Report on vaccination in Madras 1904-1921 - 1904-1921
Year: 1904
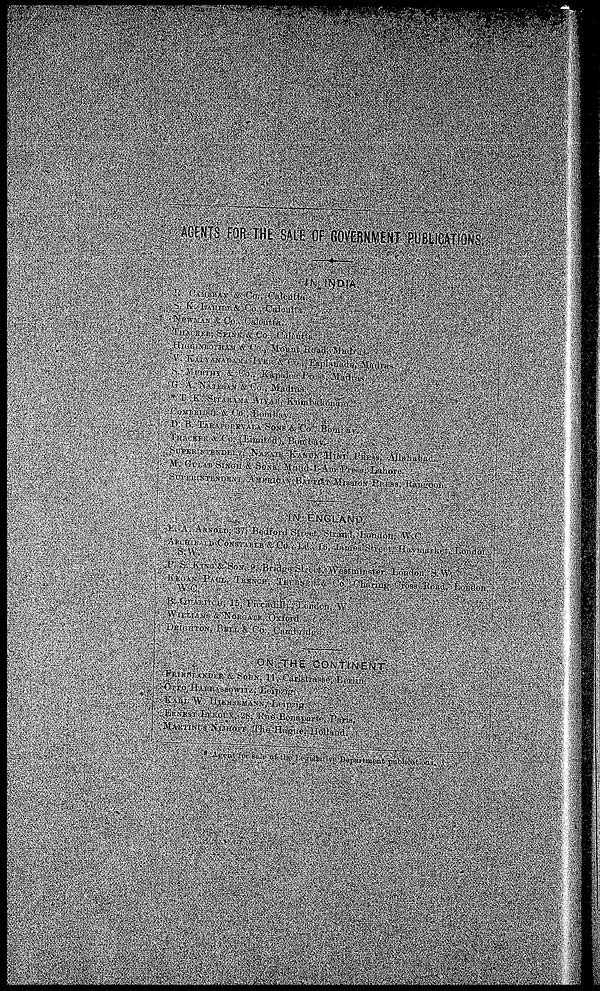
AGENTS FOR THE SALE OF GOVERNMENT PUBLICATIONS.
IN INDIA.
R. CAMBRAY & Co., Calcutta.
S. K. LAHIRI & Co., Calcutta.
NEWMAN & Co., Calcutta.
THACKER, SPINK & Co., Calcutta.
HIGGINBOTHAM & Co., Mount Road, Madras.
V. KALYANARAMA IYER & Co., Esplanade, Madras.
S. MURTHY & Co., Kapalce Press, Madras.
G. A. NATESAN & Co., Madras.
* T. K. SITARAMA AIYAR, Kumbakonam.
COMBRIDGE & Co., Bombay.
D. B. TARAPOREVALA SONS & Co., Bombay.
THACKER & Co. (Limited), Bombay.
SUPERINTENDENT, NAZAIR KANUN HIND PRESS, Allahabad.
M. GULAB SINGH & SONS, Mufid-I-Am Press, Lahore.
SUPERINTENDENT, AMERICAN BAPTIST MISSION PRESS, Rangoon.
IN ENGLAND.
E. A. ARNOLD, 37, Bedford Street, Strand, London, W.C.
ARCHIBALD CONSTABLE & Co., Ld. 16, James Street, Haymarket, London.
S.W.
P. S. KING & SON, 9, Bridge Street, Westminster Londan. S,W.
KEGAN PAUL, TRENCE, TRUBNER & Co. Charing Cross Road, London,
W.C.
B. QUARITCH, 15, Piccadilly, London, W.
WILLIAMS & NORGATE, Oxford.
DEIGHTON, BELL & Co., Cambridge.
ON THE CONTINENT.
FRIEDLANDER & SOHN, 11, Carlstrasse, Berlin.
OTTO HARRASSOWITZ, Leipzig.
KARL W. HIERSEMANN, Leipzig.
ERNEST LEROUX, 28, Rue Bonaparte, Paris.
MARTISUS NIJHOFF. The Hague, Holland.
* Agent for sale of the Legielutive Department publications.